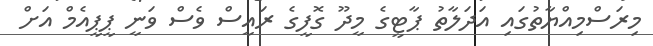
މިރަސްމިއްޔާތުގައި އަދަލާތު ޕާޓީގެ މީދޫ ގޮފީގެ ރައީސް ވެސް ވަނީ ޕީޕީއެމް އަށް